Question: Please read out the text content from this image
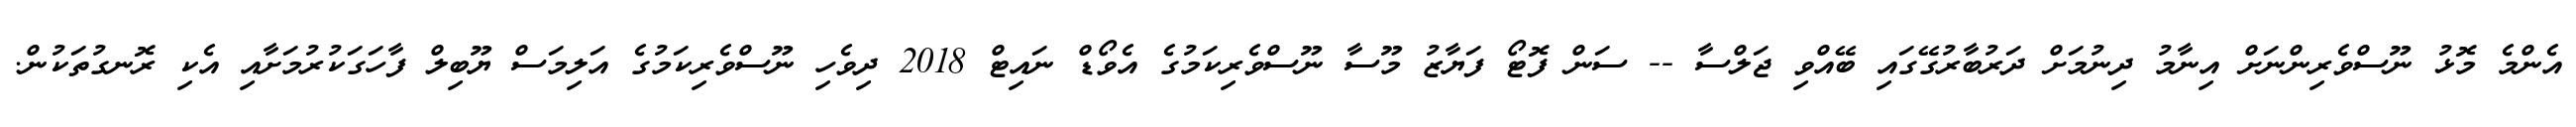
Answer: އެންމެ މޮޅު ނޫސްވެރިންނަށް އިނާމު ދިނުމަށް ދަރުބާރުގޭގައި ބޭއްވި ޖަލްސާ -- ސަން ފޮޓޯ ފަޔާޒު މޫސާ ނޫސްވެރިކަމުގެ އެވޯޑް ނައިޓް 2018 ދިވެހި ނޫސްވެރިކަމުގެ އަލިމަސް ޔޫބިލް ފާހަގަކުރުމަށާއި އެކި ރޮނގުތަކުން.